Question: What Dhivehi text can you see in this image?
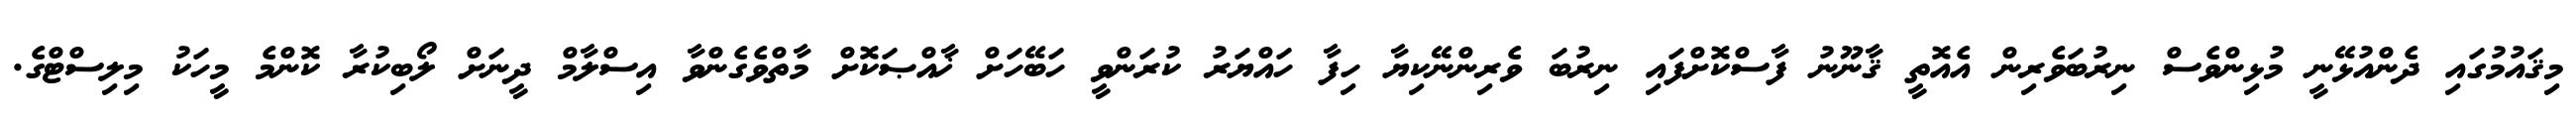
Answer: މިޤައުމުގައި ދެންއުޅޭނީ މުޅިންވެސް ނިރުބަވެރިން އެއޮތީ ޤާނޫނު ފާސްކޮށްފައި ނިރުބަ ވެރިންނޭކިޔާ ހިފާ ހައްޔަރު ކުރަންވީ ހަބޭހަށް ޚާއްޞަކޮށް މާތްވެގެންވާ އިސްލާމް ދީނަށް ލޯބިކުރާ ކޮންމެ މީހަކު މިލިސްޓްގެ.